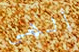
ألهى